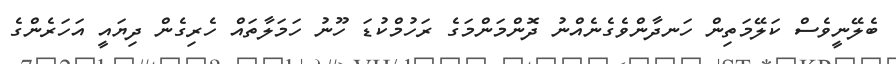
ބެލޭނީވެސް ކަލޭމަތިން ހަނދާންވެގެނެއްނު ދޮންމަންމަގެ ރަހުމްކުޑަ ހޫނު ހަމަލާތައް ހެރިގެން ދިޔައީ އަހަރެންގެ